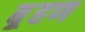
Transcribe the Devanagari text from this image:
ब़्रहण